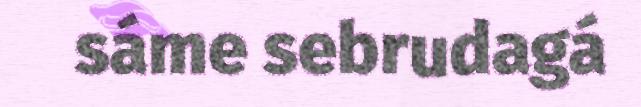
sáme sebrudagá